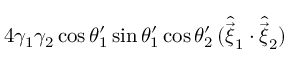
4 \gamma _ { 1 } \gamma _ { 2 } \cos \theta _ { 1 } ^ { \prime } \sin \theta _ { 1 } ^ { \prime } \cos \theta _ { 2 } ^ { \prime } \, ( \hat { \vec { \xi } } _ { 1 } \cdot \hat { \vec { \xi } } _ { 2 } )